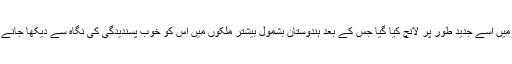
۲۰۱۹ء میں اسے جدید طور پر لانچ کیا گیا جس کے بعد ہندوستان بشمول بیشتر ملکوں میں اس کو خوب پسندیدگی کی نگاہ سے دیکھا جانے لگا ہے۔